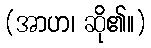
(အာဟ၊ ဆို၏။)